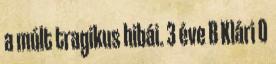
a múlt tragikus hibái. 3 éve B Klári 0